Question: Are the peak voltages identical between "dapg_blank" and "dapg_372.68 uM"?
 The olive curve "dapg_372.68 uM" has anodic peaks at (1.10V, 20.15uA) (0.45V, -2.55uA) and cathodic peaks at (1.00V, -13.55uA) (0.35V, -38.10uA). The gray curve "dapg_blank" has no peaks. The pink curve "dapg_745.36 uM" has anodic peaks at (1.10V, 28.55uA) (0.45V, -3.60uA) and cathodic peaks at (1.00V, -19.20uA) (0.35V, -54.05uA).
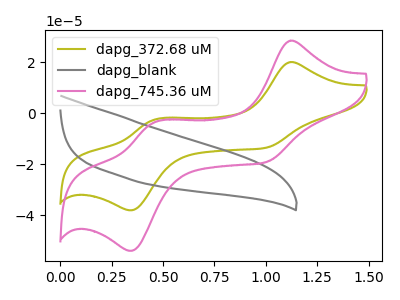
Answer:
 <answer>No, "dapg_blank" and "dapg_372.68 uM" have a different number of peaks.</answer>
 <eval>different_amount</eval>